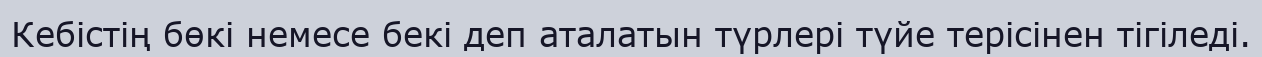
Кебістің бөкі немесе бекі деп аталатын түрлері түйе терісінен тігіледі.